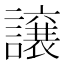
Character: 譲